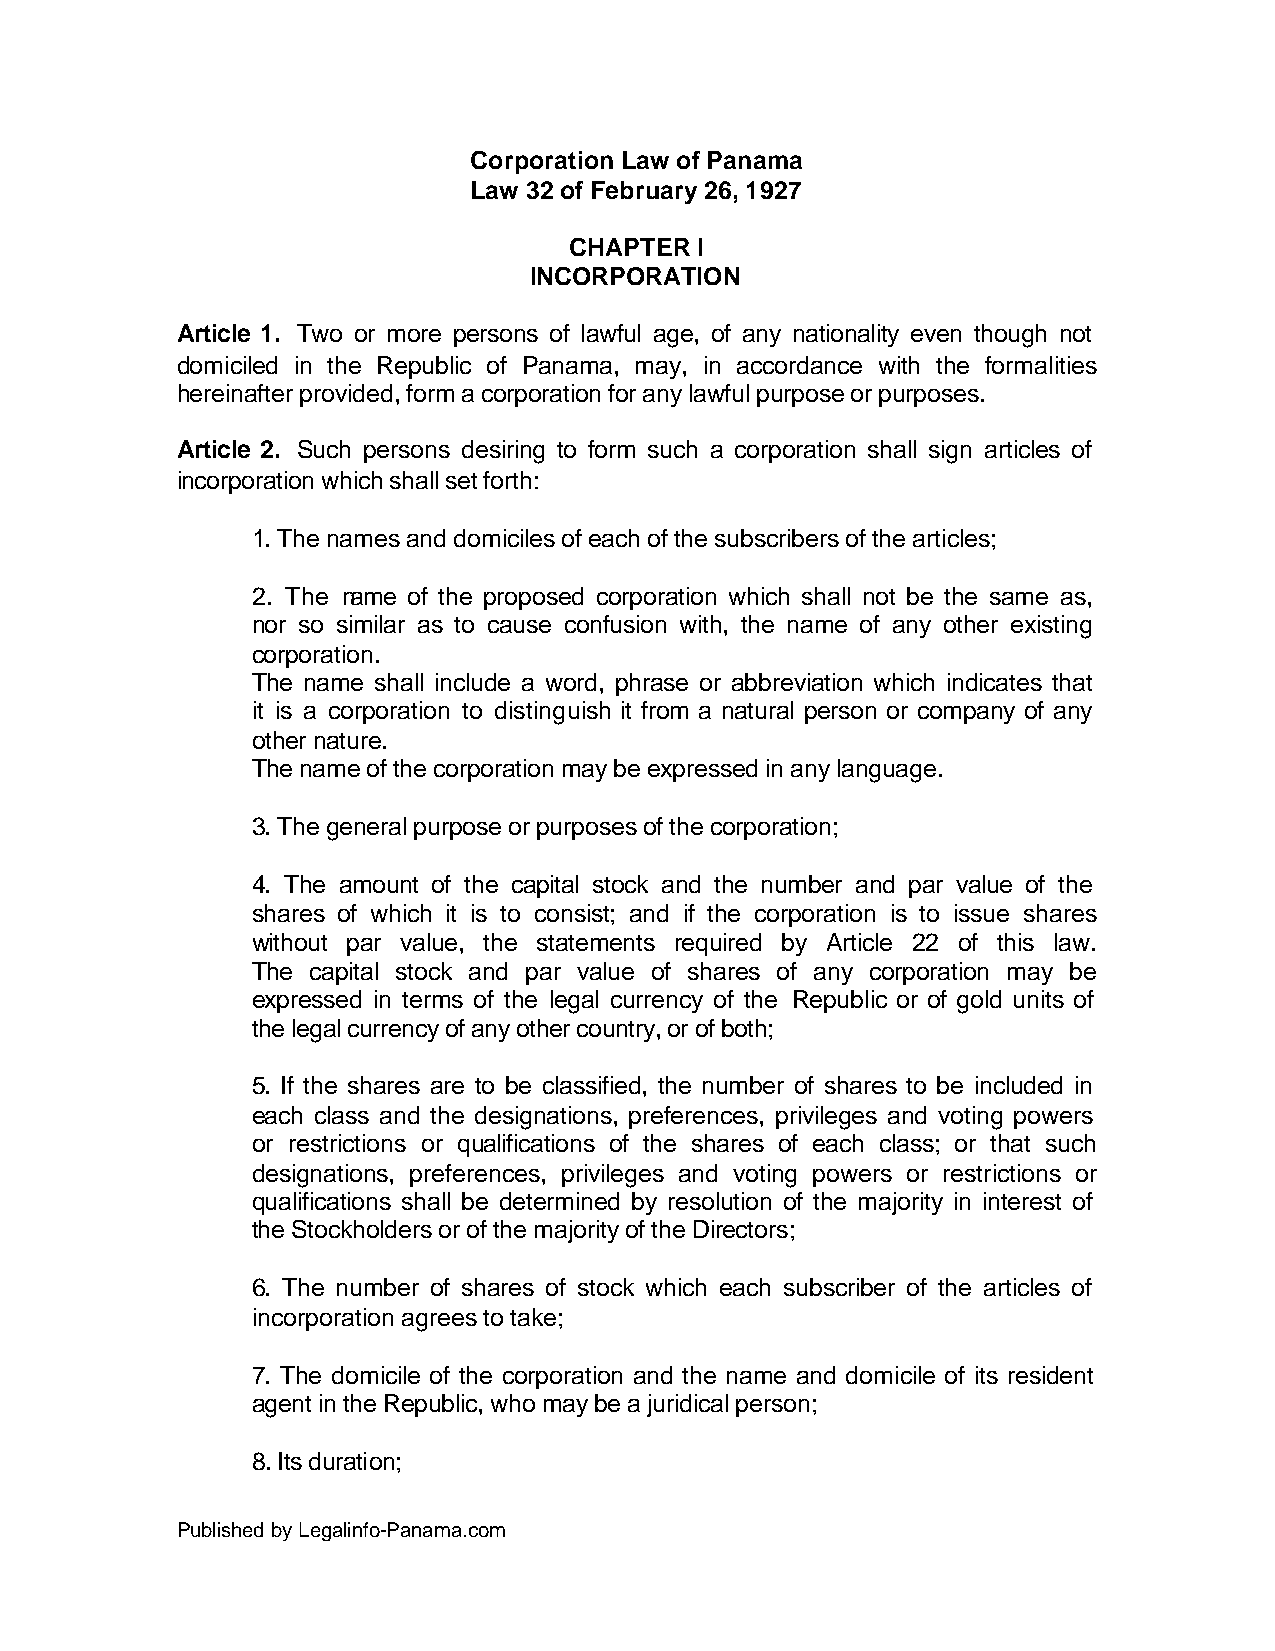
Corporation Law of Panama
 Law 32 of February 26, 1927
 CHAPTER I
 INCORPORATION
 Article 1. Two or more persons of lawful age, of any nationality even though not
 domiciled in the Republic of Panama, may, in accordance with the formalities
 hereinafter provided, form a corporation for any lawful purpose or purposes.
 Article 2. Such persons desiring to form such a corporation shall sign articles of
 incorporation which shall set forth:
 1. The names and domiciles of each of the subscribers of the articles;
 2. The name of the proposed corporation which shall not be the same as,
 nor so similar as to cause confusion with, the name of any other existing
 corporation.
 The name shall include a word, phrase or abbreviation which indicates that
 it is a corporation to distinguish it from a natural person or company of any
 other nature.
 The name of the corporation may be expressed in any language.
 3. The general purpose or purposes of the corporation;
 4. The amount of the capital stock and the number and par value of the
 shares of which it is to consist; and if the corporation is to issue shares
 without par value, the statements required by Article 22 of this law.
 The capital stock and par value of shares of any corporation may be
 expressed in terms of the legal currency of the Republic or of gold units of
 the legal currency of any other country, or of both;
 5. If the shares are to be classified, the number of shares to be included in
 each class and the designations, preferences, privileges and voting powers
 or restrictions or qualifications of the shares of each class; or that such
 designations, preferences, privileges and voting powers or restrictions or
 qualifications shall be determined by resolution of the majority in interest of
 the Stockholders or of the majority of the Directors;
 6. The number of shares of stock which each subscriber of the articles of
 incorporation agrees to take;
 7. The domicile of the corporation and the name and domicile of its resident
 agent in the Republic, who may be a juridical person;
 8. Its duration;
 Published by Legalinfo-Panama.com